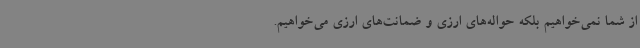
از شما نمی‌خواهیم بلکه حواله‌های ارزی و ضمانت‌های ارزی می‌خواهیم.